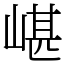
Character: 嵁